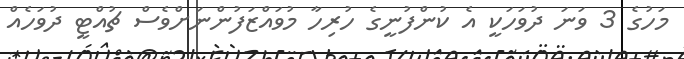
މަހުގެ 3 ވަނަ ދުވަހަކީ އެ ކުންފުނީގެ ހުރިހާ މުވައްޒަފުންނަށްވެސް ޗުއްޓީ ދުވަހެއް